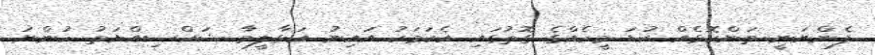
ފެންނަނީ ތަންކޮޅެއް ކުޑަ މީހެއްގެ ގޮތުގައި އެކަމަކު އައިނު އަޅާލީމާ ޝަހްސިއްޔަތު ހުންނަ